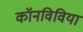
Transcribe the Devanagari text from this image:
कॉनविविया